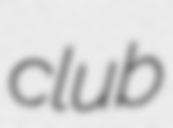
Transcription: club